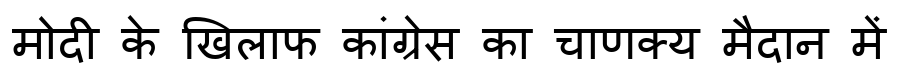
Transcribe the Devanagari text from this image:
मोदी के खिलाफ कांग्रेस का चाणक्य मैदान में